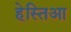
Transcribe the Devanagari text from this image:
हेस्तिआ